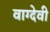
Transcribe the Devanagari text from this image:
वाग्‍देवी